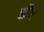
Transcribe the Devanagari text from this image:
स्प्रैंग